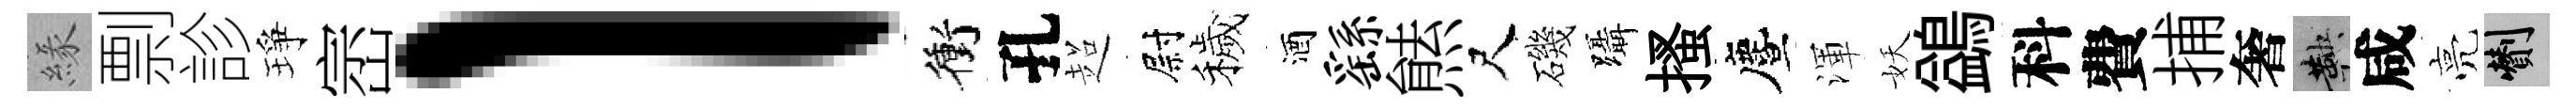
緣剽診琤崈l衝孔超尉穢酒繇㷱尺磯躡搔󵨌渾妖鷁科費捕奢鞅咸亮剪